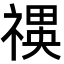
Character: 𮂍